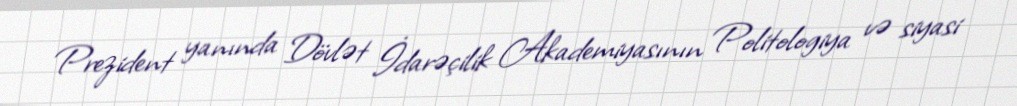
Prezident yanında Dövlət İdarəçilik Akademiyasının Politologiya və siyasi